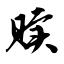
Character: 赎